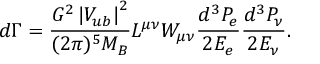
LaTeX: d \Gamma = \frac { G ^ { 2 } \left| V _ { u b } \right| ^ { 2 } } { ( 2 \pi ) ^ { 5 } M _ { B } } L ^ { \mu \nu } W _ { \mu \nu } \frac { d ^ { 3 } P _ { e } } { 2 E _ { e } } \frac { d ^ { 3 } P _ { \nu } } { 2 E _ { \nu } } .